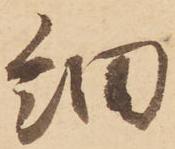
細